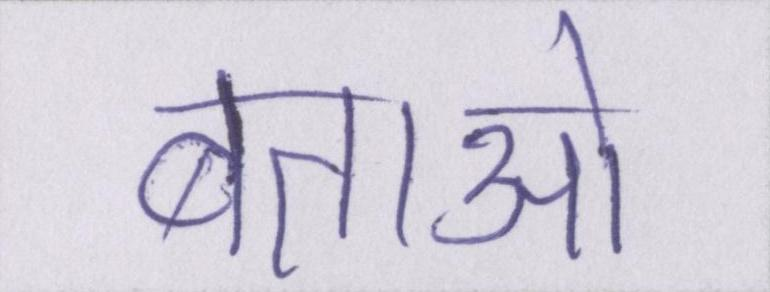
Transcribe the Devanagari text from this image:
बताओ